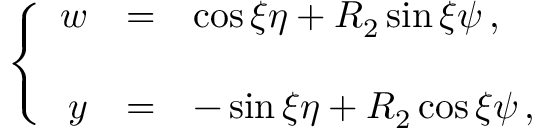
\left\{ \begin{array} { r c l } { { w } } & { { = } } & { { \cos { \xi } \eta + R _ { 2 } \sin { \xi } \psi \, , } } \\ { { } } & { { } } & { { } } \\ { { y } } & { { = } } & { { - \sin { \xi } \eta + R _ { 2 } \cos { \xi } \psi \, , } } \end{array} \right.